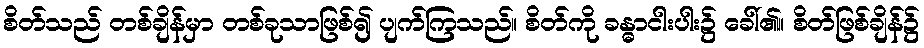
စိတ်သည် တစ်ချိန်မှာ တစ်ခုသာဖြစ်၍ ပျက်ကြသည်။ စိတ်ကို ခန္ဓာငါးပါး၌ ခေါ်၏။ စိတ်ဖြစ်ချိန်၌